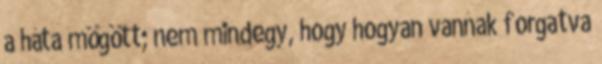
a háta mögött; nem mindegy, hogy hogyan vannak forgatva